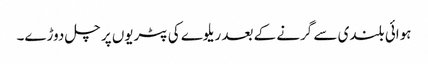
ہوائی بلندی سے گرنے کے بعد ریلوے کی پٹریوں پر چل دوڑے۔